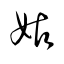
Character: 姑